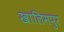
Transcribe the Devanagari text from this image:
खालिमपुर